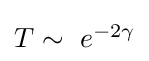
{\textstyle T\sim ~e^{-2\gamma }}